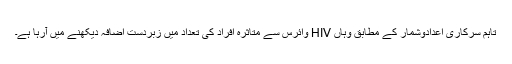
تاہم سرکاری اعدادوشمار کے مطابق وہاں HIV وائرس سے متاثرہ افراد کی تعداد میں زبردست اضافہ دیکھنے میں آرہا ہے۔